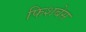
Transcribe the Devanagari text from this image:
फिशबेस